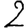
Digit: 2